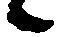
候